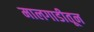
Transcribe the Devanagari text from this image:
मालगाडीतून